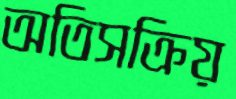
অতিসক্রিয়